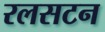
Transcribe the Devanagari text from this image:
रलसटन